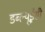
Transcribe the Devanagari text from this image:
डब्ल्यूईसी